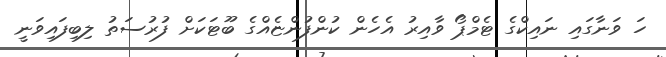
ހަ ވަނާގައި ނައިކްގެ ޓެމްޕޯ ވާއިރު އެހެން ކުންފުންޏެއްގެ ބޫޓަކަށް ފުރުސަތު ލިބިފައިވަނީ